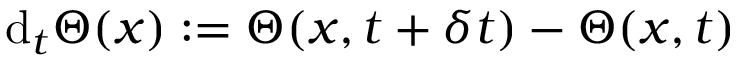
\mathrm { d } _ { t } \Theta ( \boldsymbol { x } ) : = \Theta ( \boldsymbol { x } , t + \delta t ) - \Theta ( \boldsymbol { x } , t )